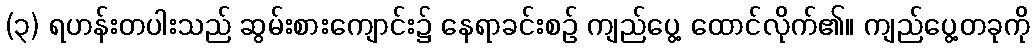
(၃) ရဟန်းတပါးသည် ဆွမ်းစားကျောင်း၌ နေရာခင်းစဉ် ကျည်ပွေ့ ထောင်လိုက်၏။ ကျည်ပွေ့တခုကို